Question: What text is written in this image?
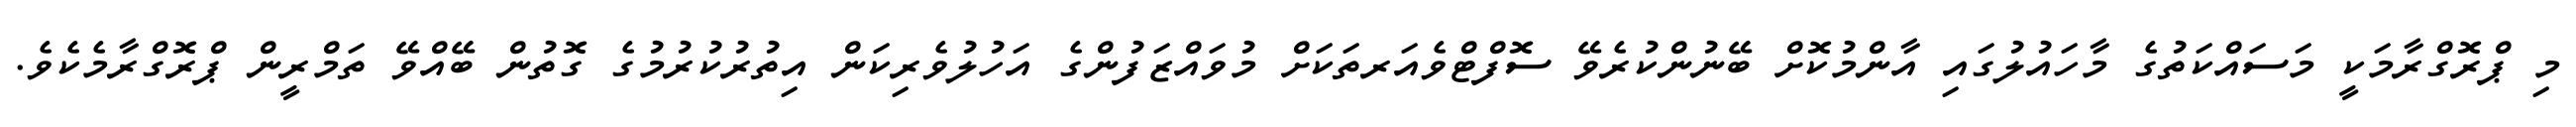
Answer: މި ޕްރޮގްރާމަކީ މަސައްކަތުގެ މާހައުލުގައި އާންމުކޮށް ބޭނުންކުރެވޭ ސޮފްޓްވެއަރތަކަށް މުވައްޒަފުންގެ އަހުލުވެރިކަން އިތުރުކުރުމުގެ ގޮތުން ބޭއްވޭ ތަމްރީން ޕްރޮގްރާމެކެވެ.